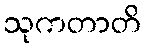
သုကတာတိ